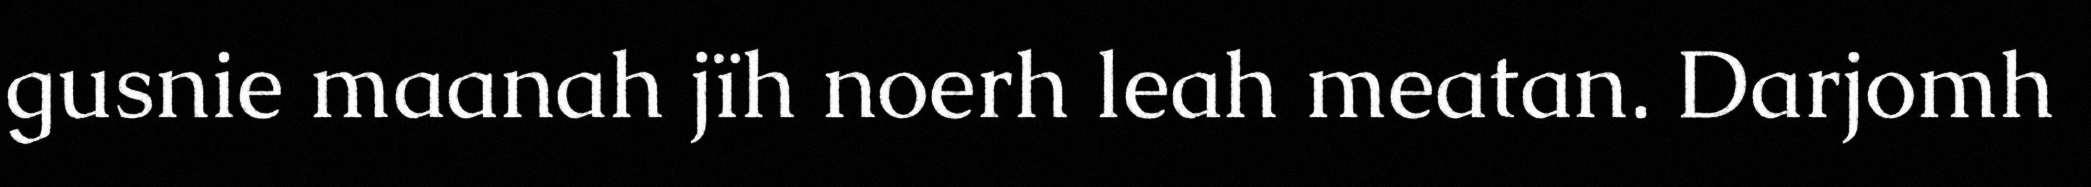
gusnie maanah jïh noerh leah meatan. Darjomh